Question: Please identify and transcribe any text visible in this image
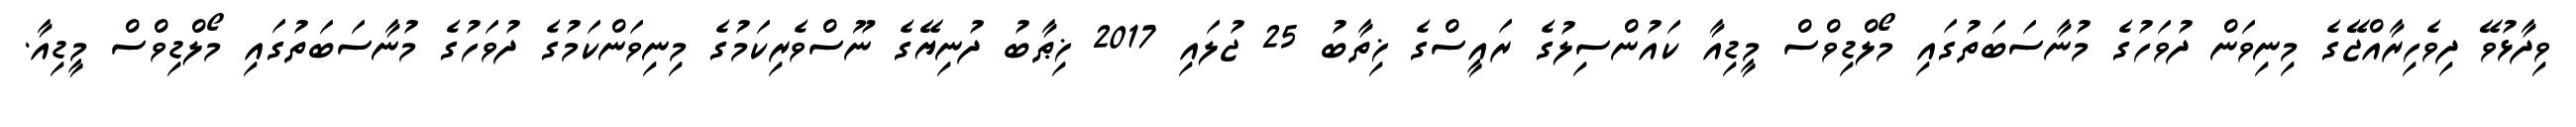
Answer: ވިދާޅުވޭ ދިވެހިރާއްޖޭގެ މިނިވަން ދުވަހުގެ މުނާސަބަތުގައި މޯލްޑިވްސް މީޑިއާ ކައުންސިލުގެ ރައީސްގެ ޚިތާބު 25 ޖުލައި 2017 ޚިޠާބު ދުނިޔޭގެ ނޫސްވެރިކަމުގެ މިނިވަންކަމުގެ ދުވަހުގެ މުނާސަބަތުގައި މޯލްޑިވްސް މީޑިއާ.